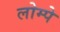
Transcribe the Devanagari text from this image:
लोम्पे